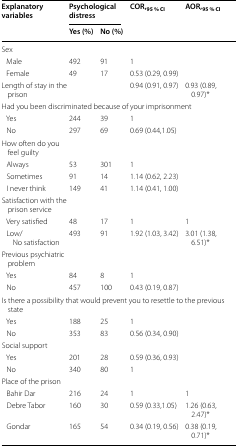
| <ROWSPAN=2> Explanatory variables | <COLSPAN=2> Psychological distress | COR,95 % CI | AOR,95 % CI |
 | Yes (%) | No (%) |  |  |
 | --- | --- | --- | --- | --- |
 | Sex |  |  |  |  |
 | Male | 492 | 91 | 1 |  |
 | Female | 49 | 17 | 0.53 (0.29, 0.99) |  |
 | Length of stay in the prison |  |  | 0.94 (0.91, 0.97) | 0.93 (0.89, 0.97)* |
 | <COLSPAN=5> Had you been discriminated because of your imprisonment |
 | Yes | 244 | 39 | 1 |  |
 | No | 297 | 69 | 0.69 (0.44,1.05) |  |
 | How often do you feel guilty |  |  |  |  |
 | Always | 53 | 301 | 1 |  |
 | Sometimes | 91 | 14 | 1.14 (0.62, 2.23) |  |
 | I never think | 149 | 41 | 1.14 (0.41, 1.00) |  |
 | Satisfaction with the prison service |  |  |  |  |
 | Very satisfied | 48 | 17 | 1 | 1 |
 | Low/No satisfaction | 493 | 91 | 1.92 (1.03, 3.42) | 3.01 (1.38, 6.51)* |
 | Previous psychiatric problem |  |  |  |  |
 | Yes | 84 | 8 | 1 |  |
 | No | 457 | 100 | 0.43 (0.19, 0.87) |  |
 | <COLSPAN=5> Is there a possibility that would prevent you to resettle to the previous state |
 | Yes | 188 | 25 | 1 |  |
 | No | 353 | 83 | 0.56 (0.34, 0.90) |  |
 | Social support |  |  |  |  |
 | Yes | 201 | 28 | 0.59 (0.36, 0.93) |  |
 | No | 340 | 80 | 1 |  |
 | Place of the prison |  |  |  |  |
 | Bahir Dar | 216 | 24 | 1 | 1 |
 | Debre Tabor | 160 | 30 | 0.59 (0.33,1.05) | 1.26 (0.63, 2.47)* |
 | Gondar | 165 | 54 | 0.34 (0.19, 0.56) | 0.38 (0.19, 0.71)* |